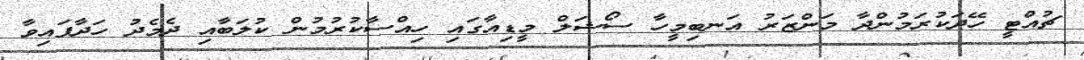
ޗުއްޓީ ހޭދަކުރަމުންދާ މަންޒަރު އަނބިމީހާ ސޯޝަލް މީޑިއާގައި ހިއްސާކުރުމުން ކުލަބާއި ދެމެދު ހަދާފައިވާ